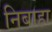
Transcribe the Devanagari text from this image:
निबाहा